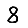
Digit: 8